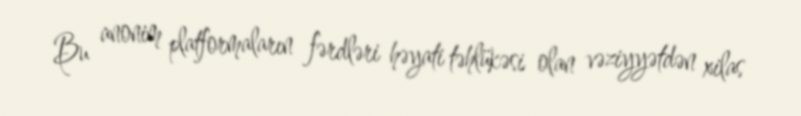
Bu anonim platformaların fərdləri həyati təhlükəsi olan vəziyyətdən xilas